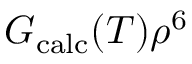
G _ { \mathrm { c a l c } } ( T ) \rho ^ { 6 }